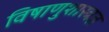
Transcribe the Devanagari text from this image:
विषाणुशास्त्रज्ञ